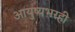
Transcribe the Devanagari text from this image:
आयुष्यभरही